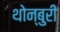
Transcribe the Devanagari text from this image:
थोन्बुरी